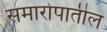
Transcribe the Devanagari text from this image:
समारोपातील